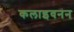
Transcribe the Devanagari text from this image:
कलाइवनन